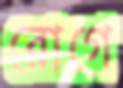
রোগে